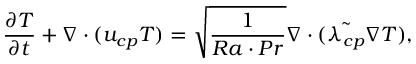
\frac { \partial T } { \partial t } + \boldsymbol { \nabla } \cdot ( \boldsymbol { u _ { c p } } T ) = \sqrt { \frac { 1 } { R a \cdot P r } } \boldsymbol { \nabla } \cdot ( { \tilde { \lambda _ { c p } } \boldsymbol { \nabla } T } ) ,